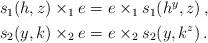
LaTeX: \begin{align*} \begin{aligned} s_1(h,z) \times_1 e &= e\times_1 s_1(h^y,z)\,,\\ s_2(y,k) \times_2 e &= e\times_2 s_2(y,k^z)\,. \end{aligned} \end{align*}